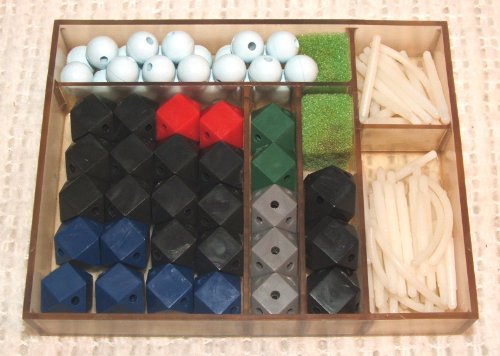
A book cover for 1001/Fundamental General Chemistry Set (HGS Polyhedron Molecular Model); Science & Math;